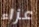
عزاء